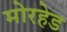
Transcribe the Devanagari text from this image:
मोरहेड